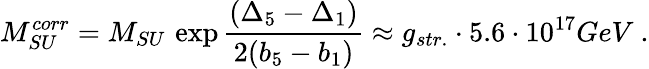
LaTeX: M_{SU}^{corr}=M_{SU}\, \exp\frac{({\Delta}_{5}-{\Delta}_{1})}{2(b_{5}-b_{1})}\approx g_{str.}\cdot 5.6\cdot 10^{17}GeV\ .